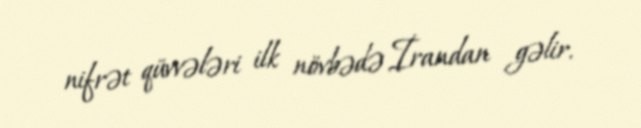
nifrət qüvvələri ilk növbədə İrandan gəlir.